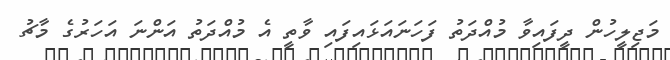
މަޖިލީހުން ދީފައިވާ މުއްދަތު ފަހަނައަޅައިފައި ވާތީ އެ މުއްދަތު އަންނަ އަހަރުގެ މާޗު